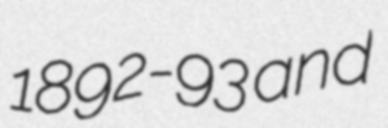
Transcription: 1892-93 and